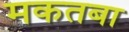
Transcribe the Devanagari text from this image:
मकतबा